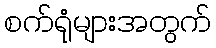
စက်ရုံများအတွက်